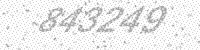
Solution: 843249